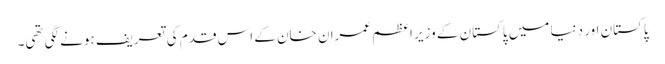
پاکستان اور دنیا میں پاکستان کے وزیر اعظم عمران خان کے اس قدم کی تعریف ہونے لگی تھی۔